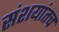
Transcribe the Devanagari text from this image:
संशयांतच